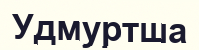
Удмуртша